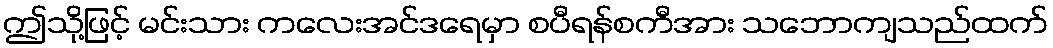
ဤသို့ဖြင့် မင်းသား ကလေးအင်ဒရေမှာ စပီရန်စကီအား သဘောကျသည်ထက်